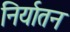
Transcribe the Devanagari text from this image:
निर्यातन